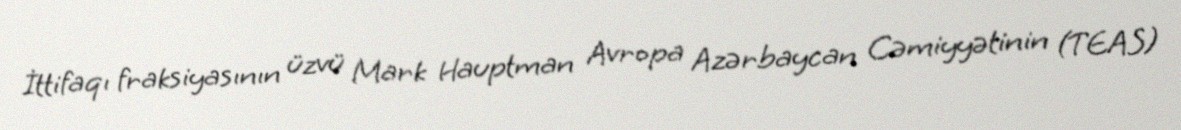
İttifaqı fraksiyasının üzvü Mark Hauptman Avropa Azərbaycan Cəmiyyətinin (TEAS)